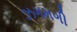
ઝગમગી